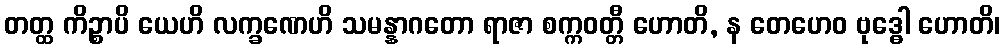
တတ္ထ ကိဉ္စာပိ ယေဟိ လက္ခဏေဟိ သမန္နာဂတော ရာဇာ စက္ကဝတ္တီ ဟောတိ, န တေဟေဝ ဗုဒ္ဓေါ ဟောတိ၊